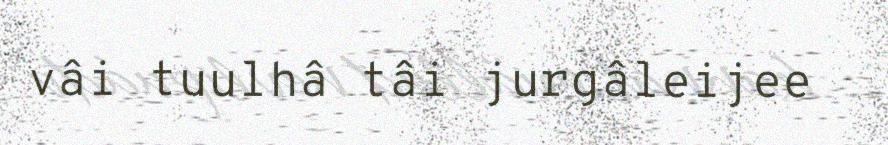
vâi tuulhâ tâi jurgâleijee